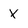
Character: X